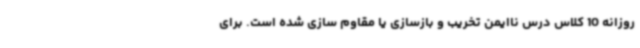
روزانه 10 کلاس درس ناایمن تخریب و بازسازی یا مقاوم سازی شده است. برای